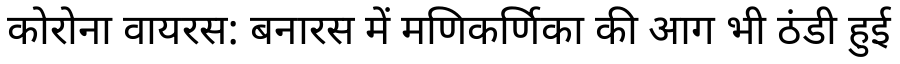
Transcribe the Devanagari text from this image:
कोरोना वायरस: बनारस में मणिकर्णिका की आग भी ठंडी हुई